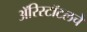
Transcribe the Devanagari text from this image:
ॲरिस्टॉटलचे